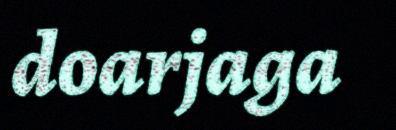
doarjaga